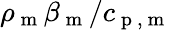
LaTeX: \rho_{\mathrm{~m~}}\beta_{\mathrm{~m~}}/c_{\mathrm{~p~,~m~}}